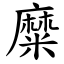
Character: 糜